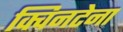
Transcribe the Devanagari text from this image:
क्विनटेना